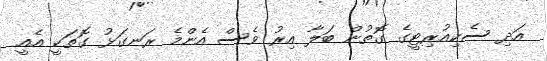
އަދި ސެކިއުރިޓީގެ ގޮތުން ބަލާ އިރު ވެސް އެންމެ ރަނގަޅު ގޮތަކީ އެއީ